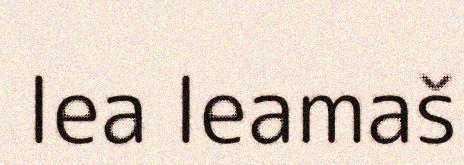
lea leamaš